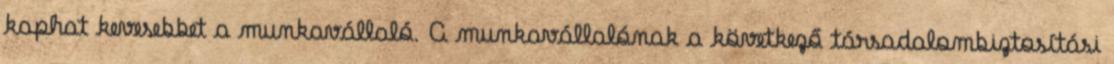
kaphat kevesebbet a munkavállaló. A munkavállalónak a következő társadalombiztosítási